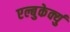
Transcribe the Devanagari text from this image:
एल्बुकेर्क्यु